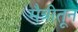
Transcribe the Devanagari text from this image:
मैत्रीतून